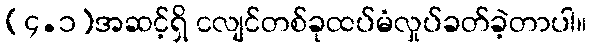
(၄.၁)အဆင့်ရှိ ငလျင်တစ်ခုထပ်မံလှုပ်ခတ်ခဲ့တာပါ။